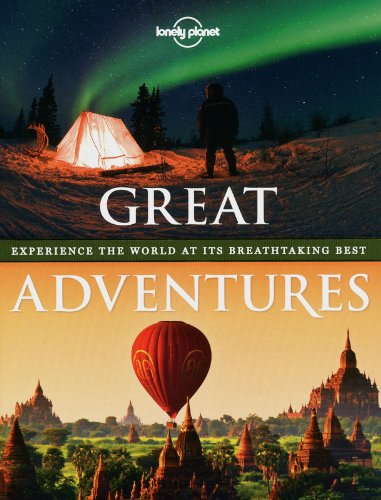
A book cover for Great Adventures: Experience the World at its Breathtaking Best (Lonely Planet Travel Pictorial); Lonely Planet; Travel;